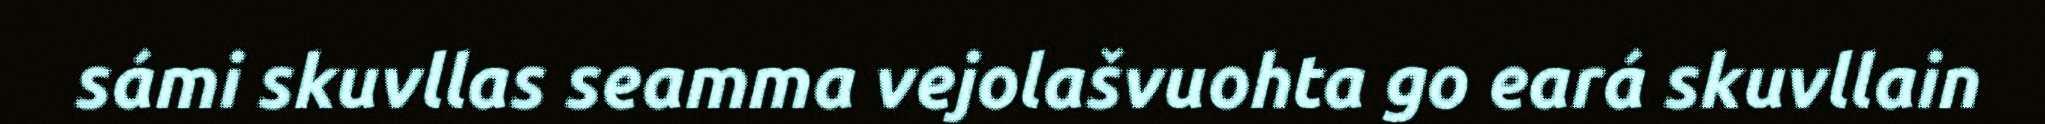
sámi skuvllas seamma vejolašvuohta go eará skuvllain